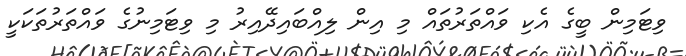
ވިޓަމިން ބީގެ އެކި ވައްތަރުތައް މި އިން ލިއްބައިދޭއިރު މި ވިޓަމިނުގެ ވައްތަރުތަކަކީ